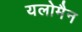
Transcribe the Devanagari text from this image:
यलोमैन